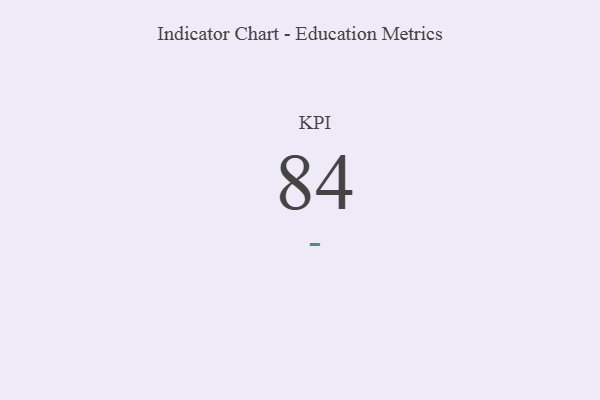
{"axis": {"x": "KPI", "y": "Value"}, "legend": [""], "data": [{"x": "KPI", "y": 84, "type": ""}]}